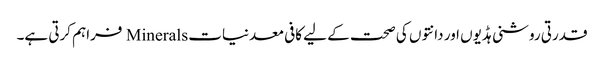
قدرتی روشنی ہڈیوں اور دانتوں کی صحت کے لیے کافی معدنیات Minerals فراہم کرتی ہے۔